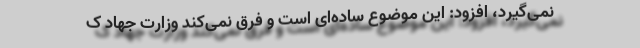
نمی‌گیرد، افزود: این موضوع ساده‌ای است و فرق نمی‌کند وزارت جهاد ک